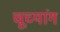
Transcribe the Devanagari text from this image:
चूच्यांग